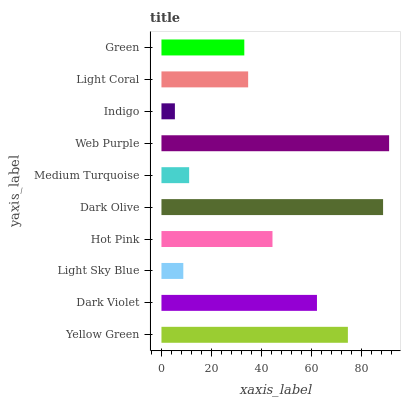
| yaxis_label | bars |
 | --- | --- |
 | Yellow Green | 74.5 |
 | Dark Violet | 62.1 |
 | Light Sky Blue | 8.73 |
 | Hot Pink | 44.4 |
 | Dark Olive | 88.5 |
 | Medium Turquoise | 11.1 |
 | Web Purple | 91 |
 | Indigo | 5.37 |
 | Light Coral | 34.6 |
 | Green | 33.1 |